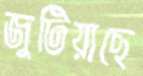
জুটিয়াছে